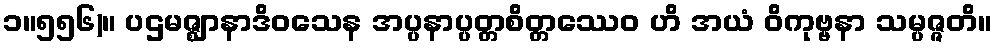
၁။၅၅၆)။ ပဌမဇ္ဈာနာဒိဝသေန အပ္ပနာပ္ပတ္တစိတ္တဿေဝ ဟိ အယံ ဝိကုဗ္ဗနာ သမ္ပဇ္ဇတိ။